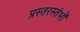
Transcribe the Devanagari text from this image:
प्रस्तरस्तंभों